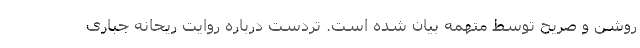
روشن و صریح توسط متهمه بیان شده است. تردست درباره روایت ریحانه جباری